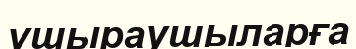
ұшыраушыларға